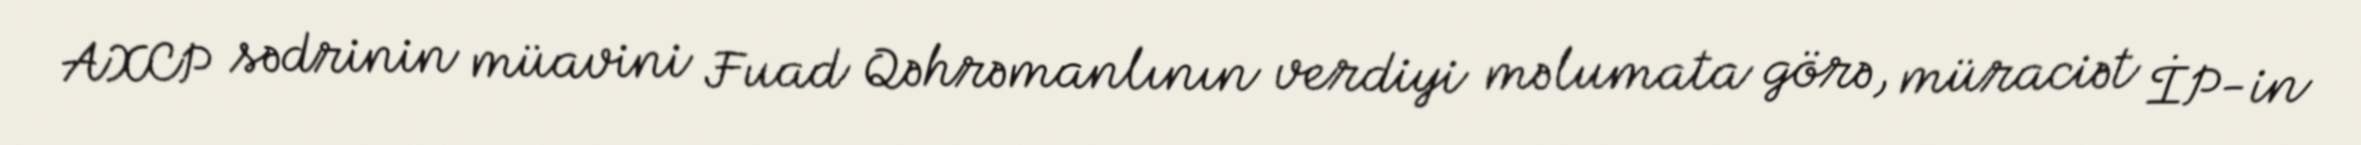
AXCP sədrinin müavini Fuad Qəhrəmanlının verdiyi məlumata görə, müraciət İP-in